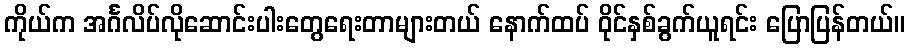
ကိုယ်က အင်္ဂလိပ်လိုဆောင်းပါးတွေရေးတာများတယ် နောက်ထပ် ဝိုင်နှစ်ခွက်ယူရင်း ပြောပြန်တယ်။